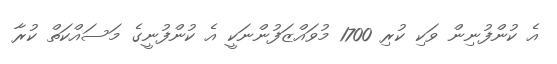
އެ ކުންފުނިން ވަކި ކުރި 1700 މުވައްޒަފުންނަކީ އެ ކުންފުނީގެ މަސައްކަތް ކުރާ